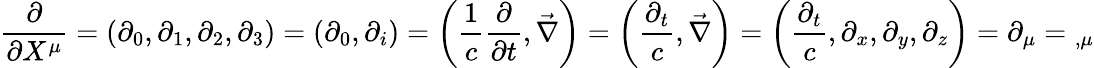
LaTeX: {\frac{\partial}{\partial X^{\mu}}}=\left(\partial_{0},\partial_{1},\partial_{2},\partial_{3}\right)=\left(\partial_{0},\partial_{i}\right)=\left({\frac{1}{c}}{\frac{\partial}{\partial t}},{\vec{\nabla}}\right)=\left({\frac{\partial_{t}}{c}},{\vec{\nabla}}\right)=\left({\frac{\partial_{t}}{c}},\partial_{x},\partial_{y},\partial_{z}\right)=\partial_{\mu}={}_{,\mu}